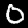
Label: 0